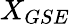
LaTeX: X_{GSE}